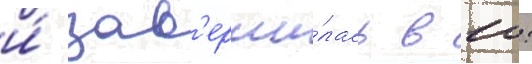
и́ зав'ерши́лась в 10: